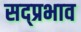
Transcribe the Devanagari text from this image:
सद्प्रभाव